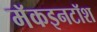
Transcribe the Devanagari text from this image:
मॅकइनटॉश